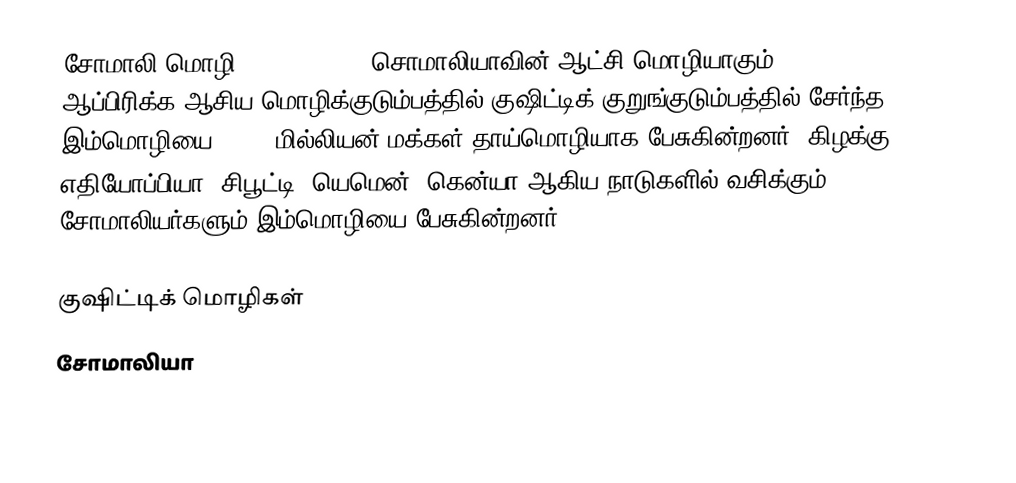
சோமாலி மொழி (af Soomaali) சொமாலியாவின் ஆட்சி மொழியாகும். ஆப்பிரிக்க-ஆசிய மொழிக்குடும்பத்தில் குஷிட்டிக் குறுங்குடும்பத்தில் சேர்ந்த இம்மொழியை 10-20 மில்லியன் மக்கள் தாய்மொழியாக பேசுகின்றனர். கிழக்கு எதியோப்பியா, சிபூட்டி, யெமென், கென்யா ஆகிய நாடுகளில் வசிக்கும் சோமாலியர்களும் இம்மொழியை பேசுகின்றனர்.

குஷிட்டிக் மொழிகள்
சோமாலியா